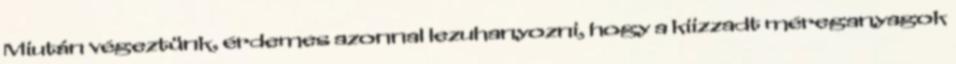
Miután végeztünk, érdemes azonnal lezuhanyozni, hogy a kiizzadt méreganyagok